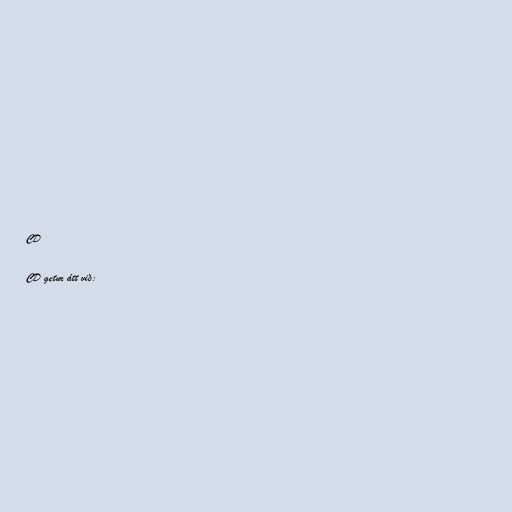
CD

CD getur átt við: